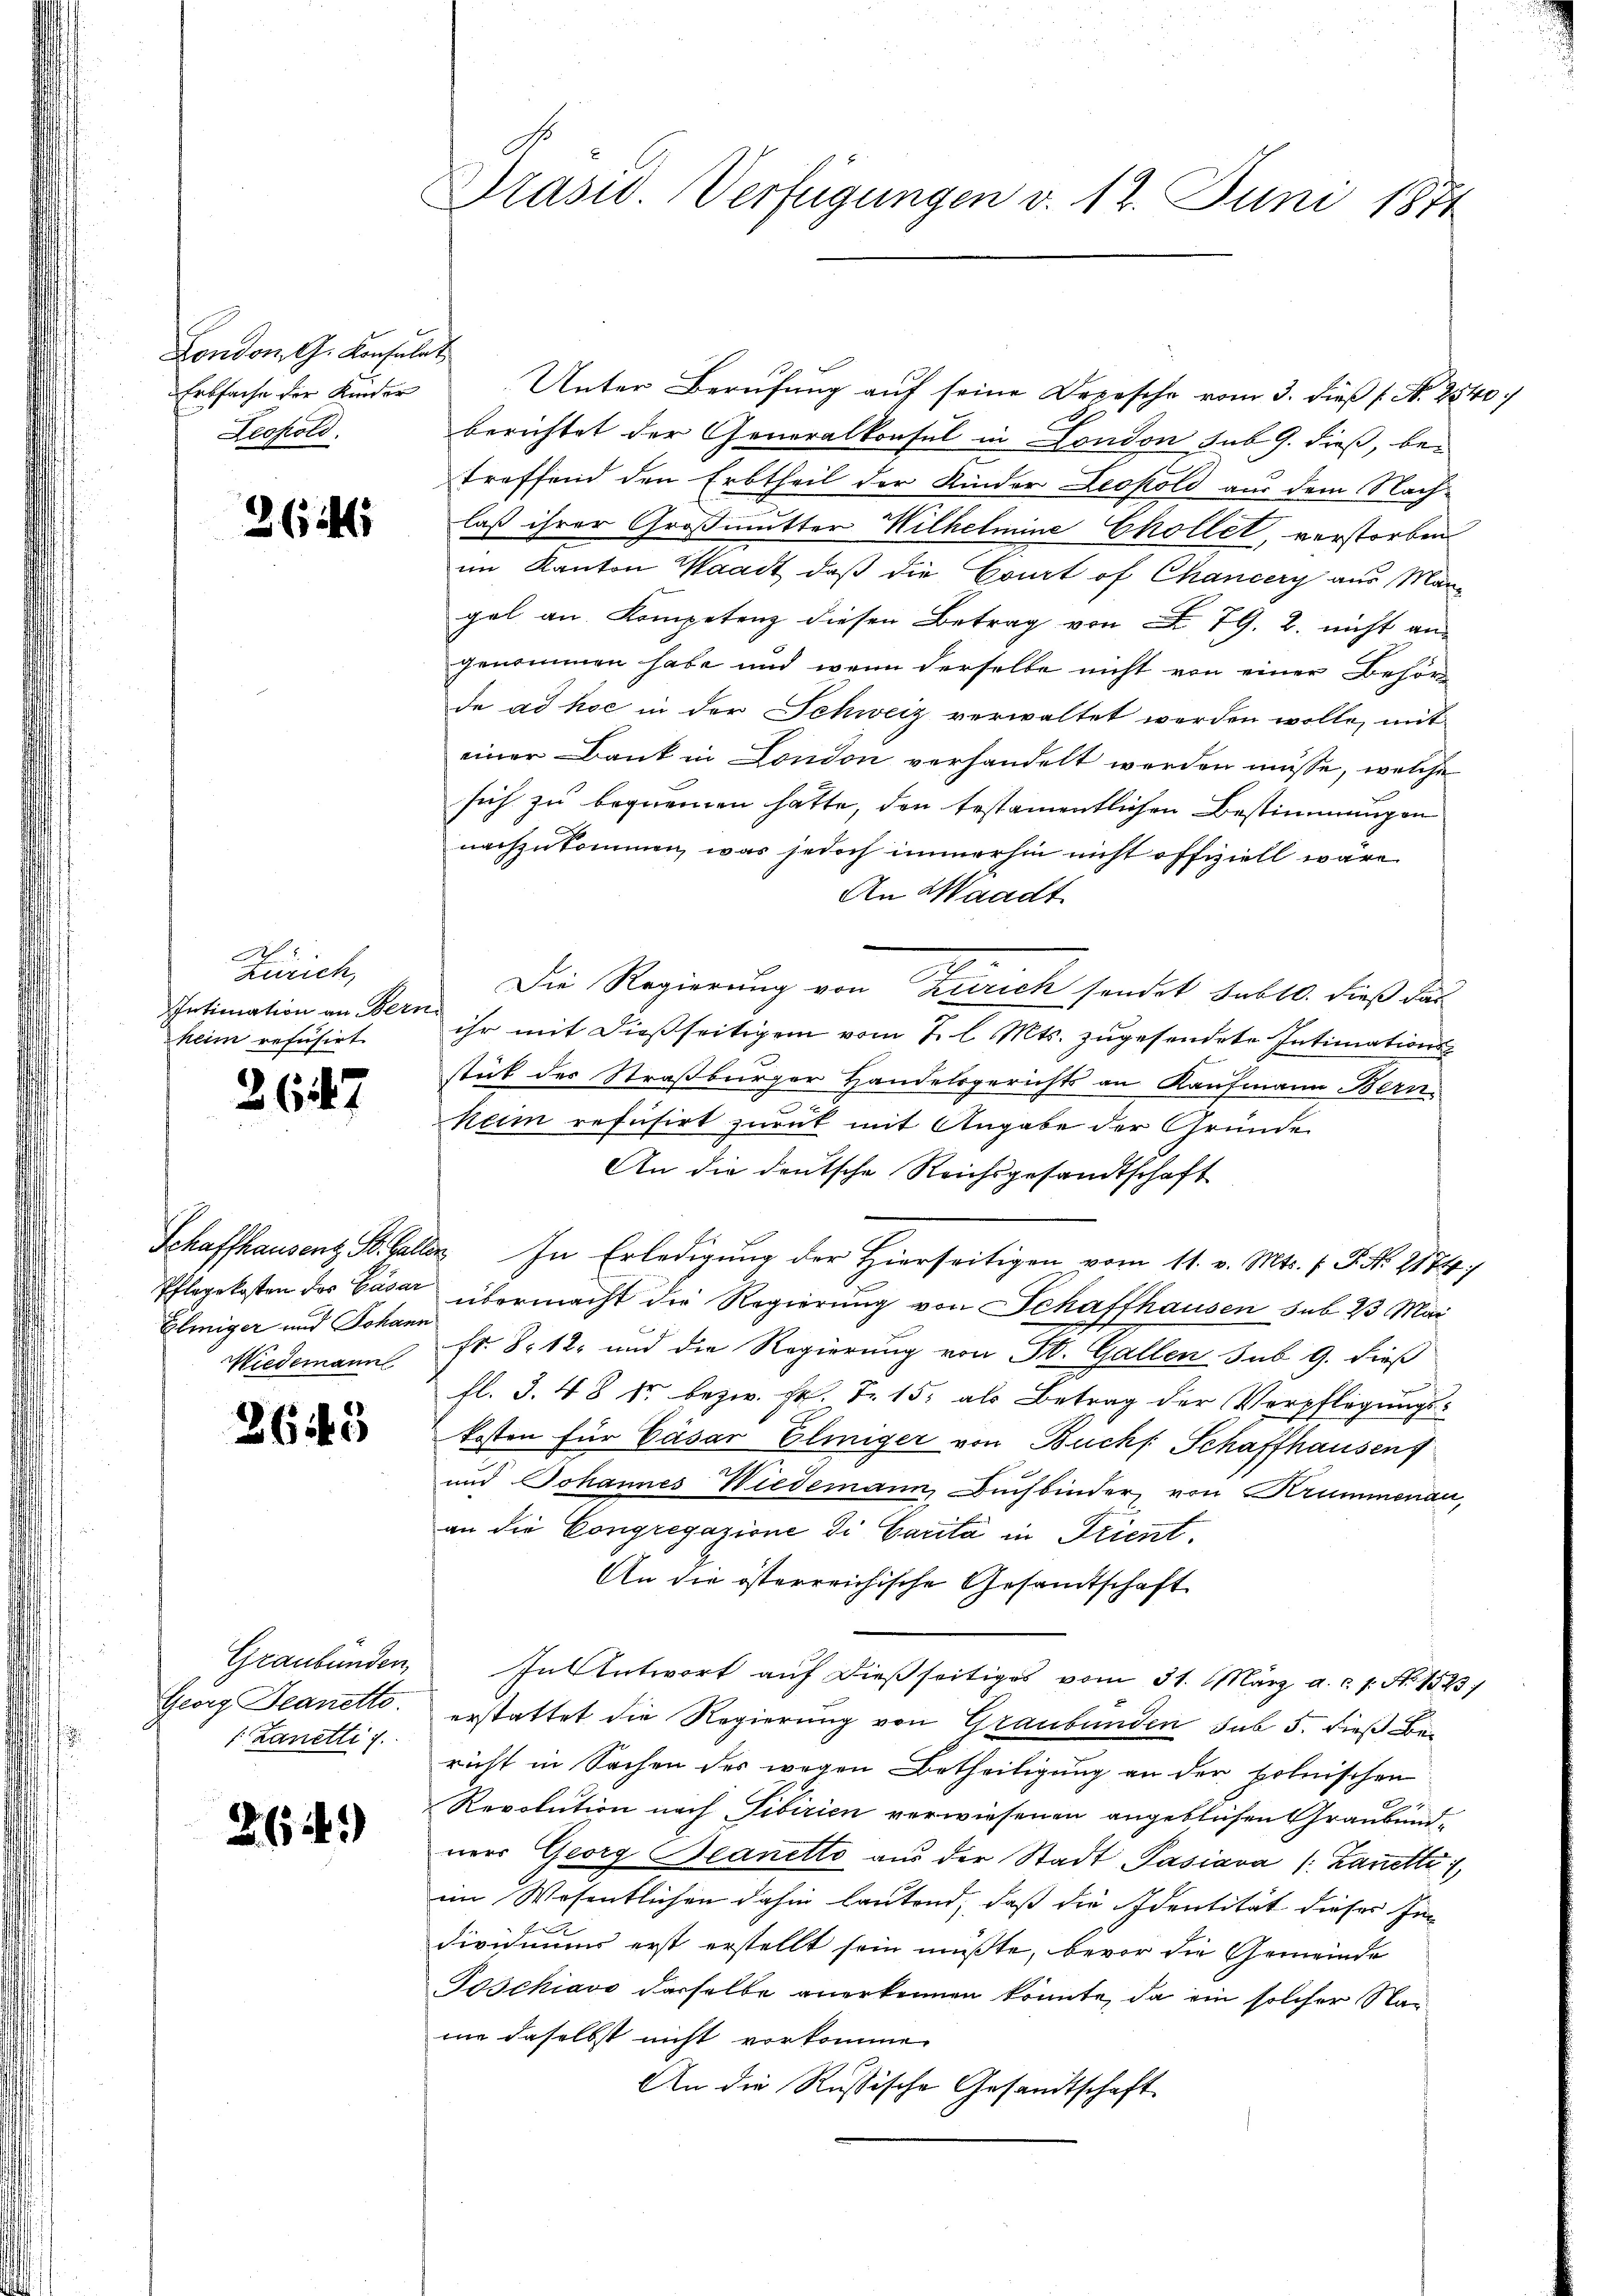
London G. Konsulat
AErbsache der Kinder
Leopold.

26,41

Zürich,
Intimation an Bern.
heim refusirt.

267

Ehmiger und Johann
Wiedemann

2643

Graubünden,
Georg Deanetto.
.
Lanetti s.

26 f.)

Präsid. Verfügungen v. 12. Juni 1871

Unter Berufung auf seine Depesche vom 3. dieß (N. 2540
berichtet der Generalkonsul in London sub. 9. dieß, betreffend den Erbtheil der Kinder Leopold aus dem Nach-
laß ihrer Großmutter Wilhelmine Chollet, verstorben
im Kanton Waadt, daß die Court of Chancery aus Mangel an Kompetenz diesen Betrag von 79. 2. nicht an-
genommen habe und wenn derselbe nicht von einer Behör
de ad hoc in der Schweiz verwaltet werden wolle, mit
einer Bank in London verhandelt werden müsse, welche
sich zu bequemen hatte, den testamentlichen Bestimmungen
nachzukommen, was jedoch immerhin nicht offiziell wäre
An Waadt
Die Regierung von Zürich sendet sub 10. dieß das
ihr mit dießseitigem vom 2. l. Mts. zugesendete Intimations
stät der Straßburger Handelsgerichts an Kaufmann Bern
keim refusirt zurück mit Angabe der Gründe
An die deutsche Reichsgesandtschaft
Schaffhausenz St. Galler In Erledigung der Hierseitigen vom 11. v. Mts. f. P. Nr. 2174)
Pflegekosten des Cäsar übermacht die Regierung von Schaffhausen sub 23 Mar
fr. 8. 12. und die Regierung von St. Gallen sub 9. dieß
fl. S. 48 kr bezw. Hr. Fr. 15. als Betrag der Verpflegungskosten für Cäsar Eliiger von Buchs Schaffhausen f
und Johannes Wiedemann, Buchbinder von Krummenau,
an die Congregazione di Carita in Trient.
An die österreichische Gesandtschaft
In Antwort auf dießseitiges vom 31. März a.c. s. N. 1523)
erstattet die Regierung von Graubünden sub 5. dieß Bericht in Sachen des wegen Betheiligung an der polnischen
Revolution nach Tibirien verwiesenen angeblichen Graubündners Georg Beanetto aus der Stadt Pasiava (Zauette 1
im Wesentlichen dahin lautend, daß die Identität dieses Individuums erst erstellt sein müßte, bevor die Gemeinde
Joschiavo derselbe anerkennen könnte, da ein solcher Nan
nn daselbst nicht vorkomme.
An die Russische Gesandtschaft